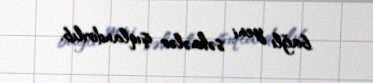
bağlı yeni səhnələr işıqlandırılıb.